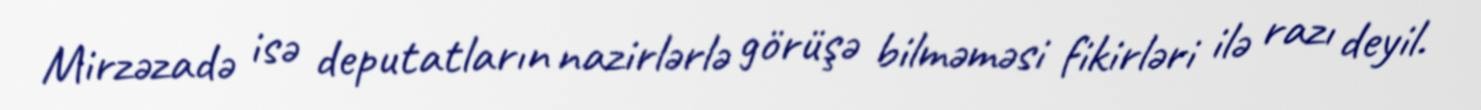
Mirzəzadə isə deputatların nazirlərlə görüşə bilməməsi fikirləri ilə razı deyil.